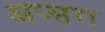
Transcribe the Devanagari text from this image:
अप्‍सरा